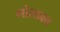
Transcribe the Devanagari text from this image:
गोल्डबच